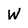
Character: W